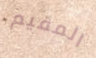
المقيم